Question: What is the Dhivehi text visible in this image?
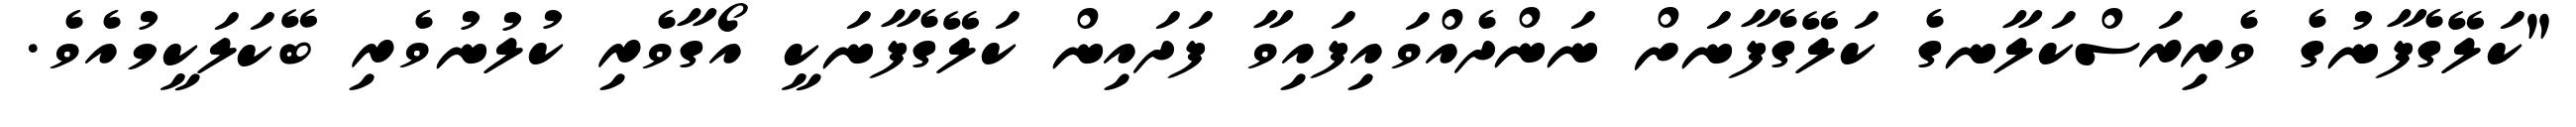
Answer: "ކަލޭގެފާނުގެ ވެރިރަސްކަލާނގެ ކަލޭގެފާނަށް ނަންދެއްވައިފައިވާ ފަދައިން ކަލޭގެފާނަކީ އޯގާވެރި ކުލުނުވެރި ބޭކަލަކީމުއެވެ.